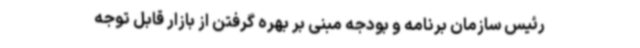
رئیس سازمان برنامه و بودجه مبنی بر بهره گرفتن از بازار قابل توجه